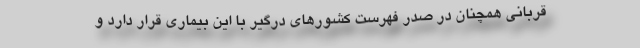
قربانی همچنان در صدر فهرست کشورهای درگیر با این بیماری قرار دارد و